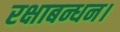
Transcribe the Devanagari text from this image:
रक्षाबन्धन।